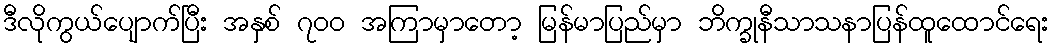
ဒီလိုကွယ်ပျောက်ပြီး အနှစ် ၇၀၀ အကြာမှာတော့ မြန်မာပြည်မှာ ဘိက္ခုနီသာသနာပြန်ထူထောင်ရေး